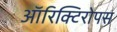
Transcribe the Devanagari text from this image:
ऑरिक्टिरोपस